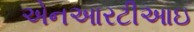
એનઆરટીઆઇ